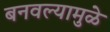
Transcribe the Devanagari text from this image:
बनवल्यामुळे